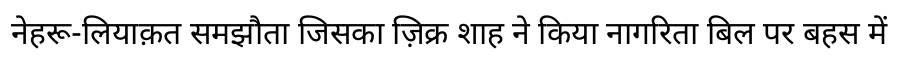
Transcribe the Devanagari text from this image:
नेहरू-लियाक़त समझौता जिसका ज़िक्र शाह ने किया नागरिता बिल पर बहस में